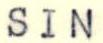
SIN